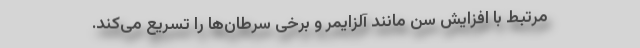
مرتبط با افزایش سن مانند آلزایمر و برخی سرطان‌ها را تسریع می‌کند.